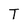
Character: T